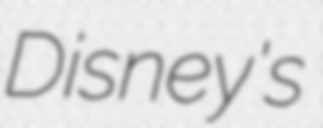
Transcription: Disney's